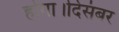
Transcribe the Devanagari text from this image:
होगा।दिसंबर